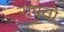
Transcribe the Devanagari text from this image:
राफ्तो